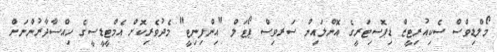
މޯލްޑިވްސް ސެކިއުރިޓީޒް ޑިޕޮސިޓަރީގެ އޮންލައިން ސަރވިސް ޕޯޓަލް "އިންފިނިޓީ" މެދުވެރިކޮށް އެމްޓީޑީސީގެ ހިއްސާދާރުންނަށް